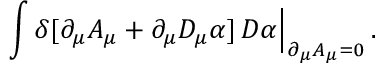
\int \delta [ \partial _ { \mu } A _ { \mu } + \partial _ { \mu } D _ { \mu } \alpha ] \, { \cal D } \alpha \Big | _ { \partial _ { \mu } A _ { \mu } = 0 } \, .